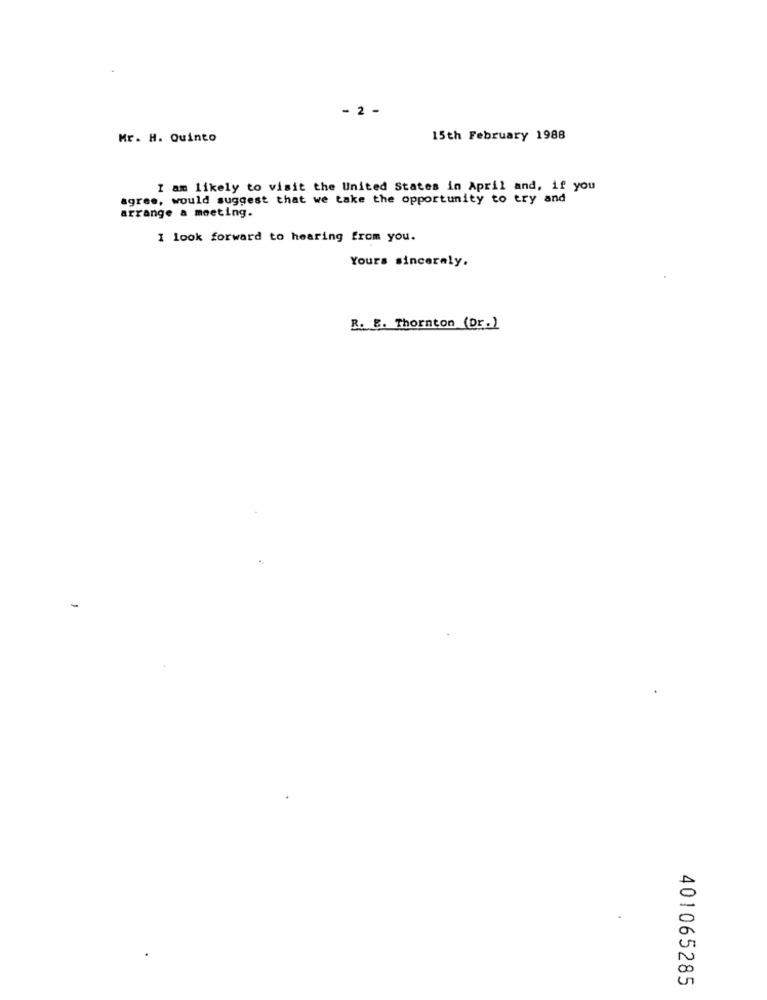
- 2 -
Mr. H. Quinto
15th February 1988
I am likely to visit the United States in April and, if you
agree, would suggest that we take the opportunity to try and
arrange a meeting.
I look forward to hearing from you.
Yours sincerely.
R. E. Thornton (Dr.)
401065285